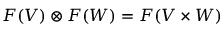
F ( V ) \otimes F ( W ) = F ( V \times W )